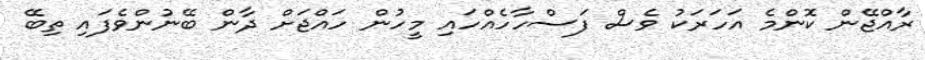
ރާއްޖޭން ކޮންމެ އަހަރަކު ވެސް ފަސްހާހެއްހައި މީހުން ހައްޖަށް ދާން ބޭނުންވެފައި ތިބޭ